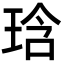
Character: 琀